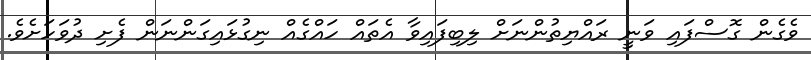
ވެގެން ގޮސްފައި ވަނީ ރައްޔިތުންނަށް ލިބިފައިވާ އެތައް ހައްގެއް ނިގުޅައިގަންނަން ފެށި ދުވަހަށެވެ.